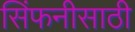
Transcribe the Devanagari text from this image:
सिंफनीसाठी